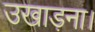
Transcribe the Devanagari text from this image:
उखाड़ना।